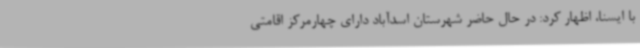
با ایسنا، اظهار کرد: در حال حاضر شهرستان اسدآباد دارای چهارمرکز اقامتی